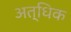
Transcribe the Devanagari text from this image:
अत्धिक